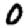
Digit: 0